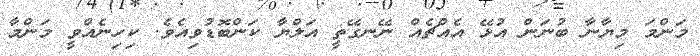
މަންމަ މިޔާނާ ބުނަން އުޅޭ އެއްޗެއް ނޭނގޭތީ އަލްޔާ ކަންބޮޑުވިއެވެ. ކިހިނެއްވީ މަންމާ